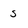
Character: 5